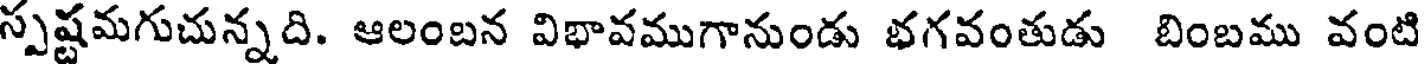
స్పష్టమగుచున్నది. ఆలంబన విభావముగానుండు భగవంతుడు బింబము వంటి